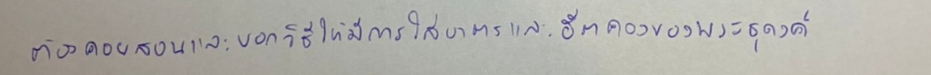
ต้องคอยสอนและบอกวิธีให้มีการใส่บาตรและฮีตคองของพระธุดงค์